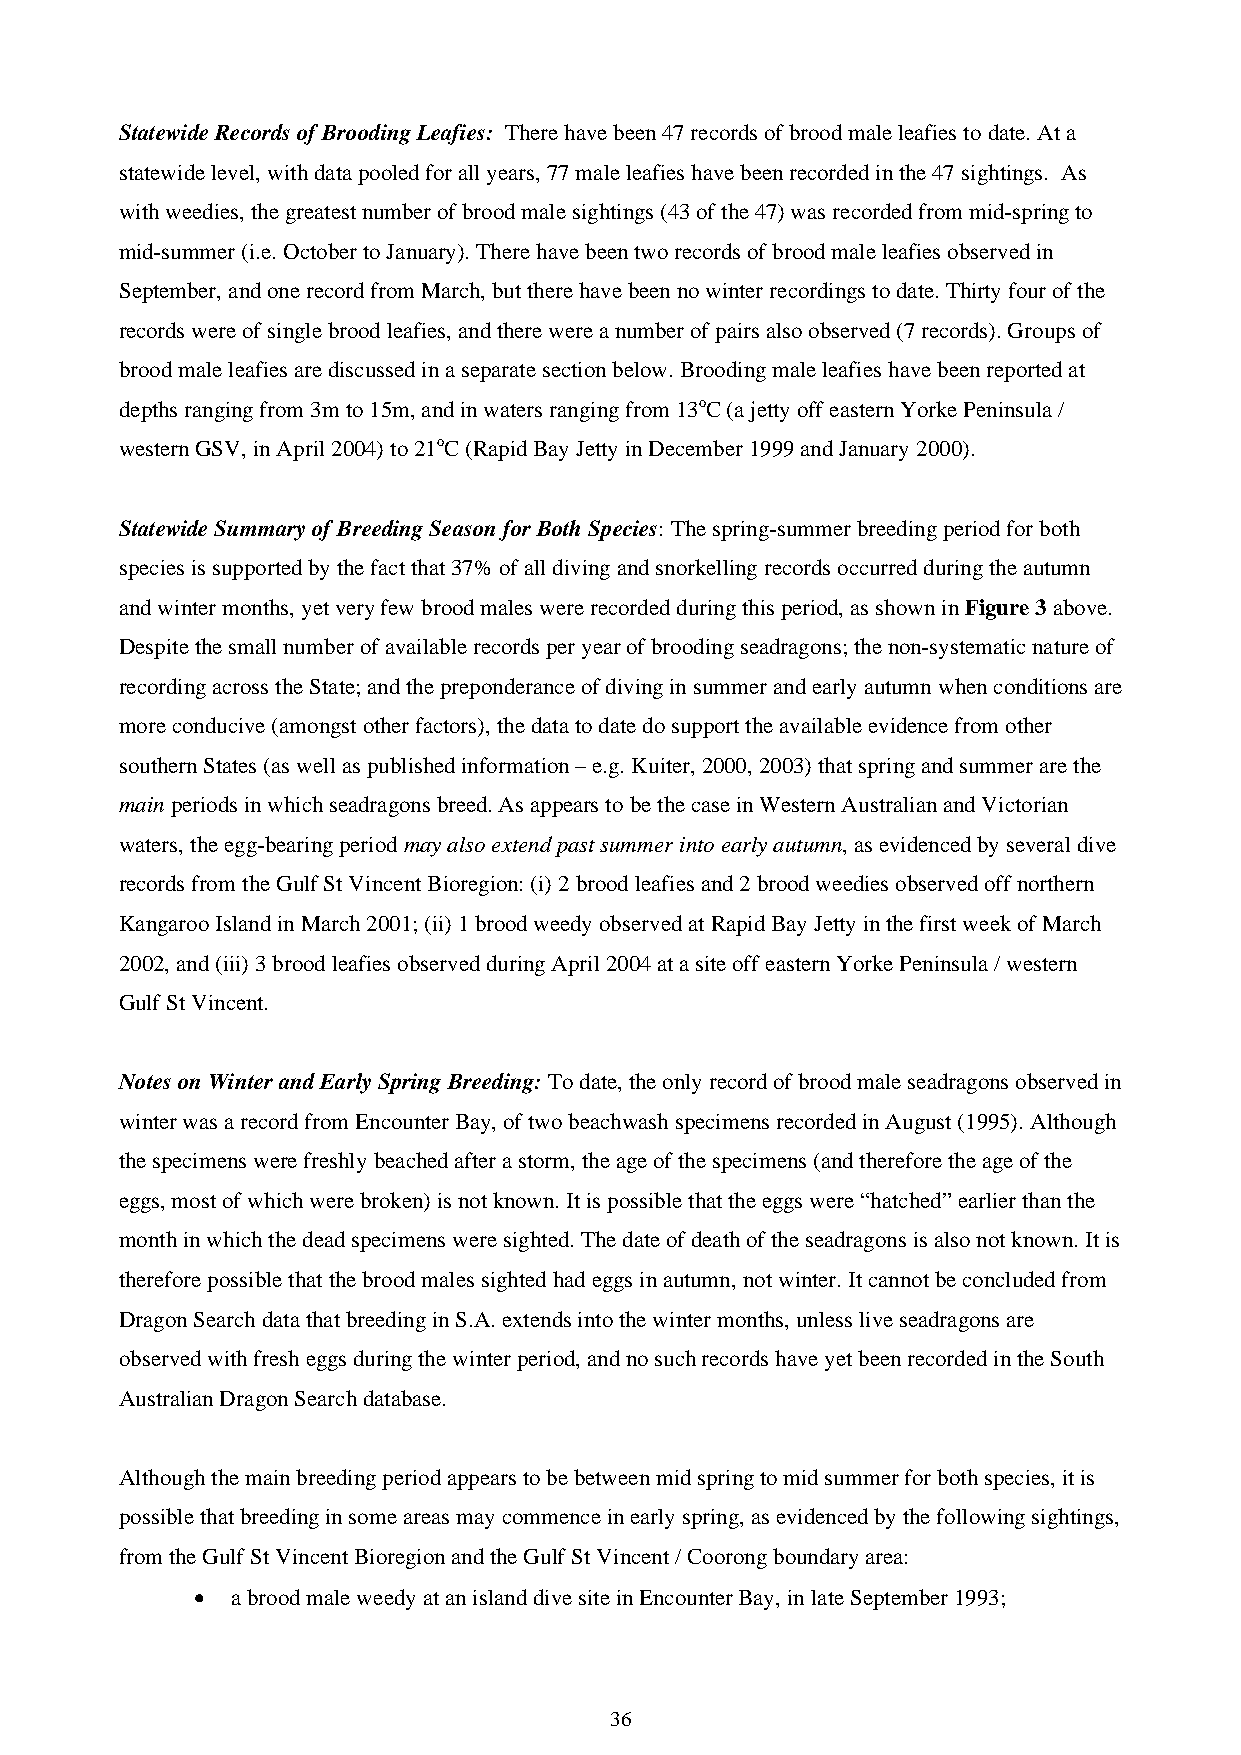
Statewide Records of Brooding Leafies: There have been 47 records of brood male leafies to date. At a
 statewide level, with data pooled for all years, 77 male leafies have been recorded in the 47 sightings. As
 with weedies, the greatest number of brood male sightings (43 of the 47) was recorded from mid-spring to
 mid-summer (i.e. October to January). There have been two records of brood male leafies observed in
 September, and one record from March, but there have been no winter recordings to date. Thirty four of the
 records were of single brood leafies, and there were a number of pairs also observed (7 records). Groups of
 brood male leafies are discussed in a separate section below. Brooding male leafies have been reported at
 depths ranging from 3m to 15m, and in waters ranging from 13oC (a jetty off eastern Yorke Peninsula /
 western GSV, in April 2004) to 21oC (Rapid Bay Jetty in December 1999 and January 2000).
 Statewide Summary of Breeding Season for Both Species: The spring-summer breeding period for both
 species is supported by the fact that 37% of all diving and snorkelling records occurred during the autumn
 and winter months, yet very few brood males were recorded during this period, as shown in Figure 3 above.
 Despite the small number of available records per year of brooding seadragons; the non-systematic nature of
 recording across the State; and the preponderance of diving in summer and early autumn when conditions are
 more conducive (amongst other factors), the data to date do support the available evidence from other
 southern States (as well as published information – e.g. Kuiter, 2000, 2003) that spring and summer are the
 main periods in which seadragons breed. As appears to be the case in Western Australian and Victorian
 waters, the egg-bearing period may also extend past summer into early autumn, as evidenced by several dive
 records from the Gulf St Vincent Bioregion: (i) 2 brood leafies and 2 brood weedies observed off northern
 Kangaroo Island in March 2001; (ii) 1 brood weedy observed at Rapid Bay Jetty in the first week of March
 2002, and (iii) 3 brood leafies observed during April 2004 at a site off eastern Yorke Peninsula / western
 Gulf St Vincent.
 Notes on Winter and Early Spring Breeding: To date, the only record of brood male seadragons observed in
 winter was a record from Encounter Bay, of two beachwash specimens recorded in August (1995). Although
 the specimens were freshly beached after a storm, the age of the specimens (and therefore the age of the
 eggs, most of which were broken) is not known. It is possible that the eggs were “hatched” earlier than the
 month in which the dead specimens were sighted. The date of death of the seadragons is also not known. It is
 therefore possible that the brood males sighted had eggs in autumn, not winter. It cannot be concluded from
 Dragon Search data that breeding in S.A. extends into the winter months, unless live seadragons are
 observed with fresh eggs during the winter period, and no such records have yet been recorded in the South
 Australian Dragon Search database.
 Although the main breeding period appears to be between mid spring to mid summer for both species, it is
 possible that breeding in some areas may commence in early spring, as evidenced by the following sightings,
 from the Gulf St Vincent Bioregion and the Gulf St Vincent / Coorong boundary area:
 • a brood male weedy at an island dive site in Encounter Bay, in late September 1993;
 36